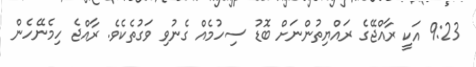
9:23 އަކީ ރާއްޖޭގެ ރައްޔިތުންނަށް ބޮޑު ސިހުމެއް ގެނުވި ވަގުތެކެވެ. ރާއްޖެ ހިމެނޭހެން